Vaccination in Burma 1912-1922 - 1912-1922
Year: 1912
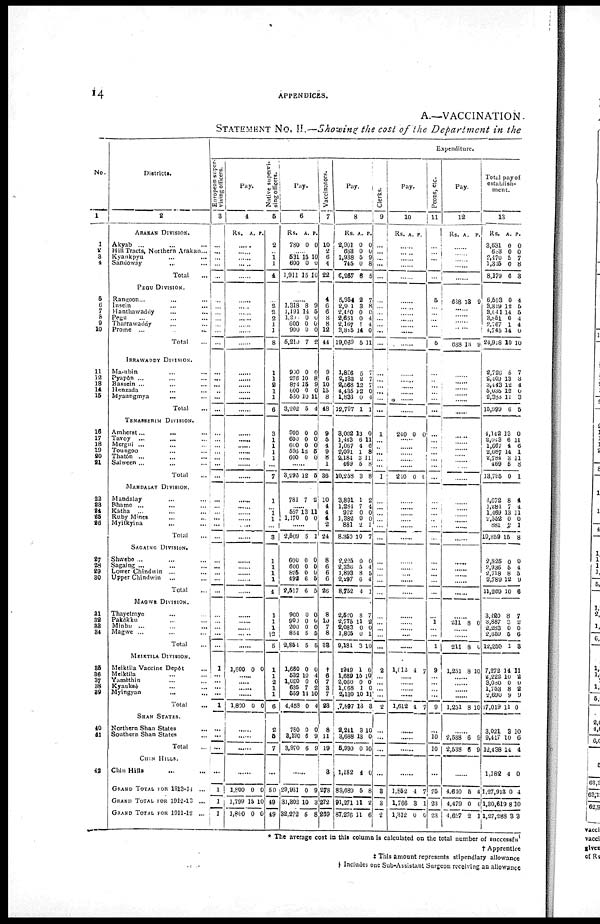
APPENDICES.
17
VACCINATION.
Province of Burma for the year 1913-14 (Paragraph 17).
PRIMARY VACCINATION.
Successful.
Under one
year.
8
...
...
...
1
1
...
8
38
19
178
...
243
105
...
...
...
1
106
21
...
21
...
...
1
43
44
... ...
...
15
59
1
24
... 59
84
...
90
...
...
90
13
...
...
...
13
...
3
3
2
644
915
726
One and
under six
years.
9
...
...
16
103
119
...
54
147
36
203
...
440
265
...
...
...
9
274
96
... 41
...
... 9
146
42
...
...
...
29
71
2
48
... 312
362
...
91
...
6
97
9
...
...
...
9
...
48
48
11
1,577
2,464
2,624
Total of all
ages.
10
...
1
87
230
318
...
73
212
86
448
...
819
334
...
...
...
22
406
159
...
65
... ... 50
274
101
...
4
...
83
188
3
72
... 555
630
...
207
...
9
216
29
...
... ...
29
38
88
126
71
3,077
5,518
6,431
Unknown.
11
...
... 2
...
2
...
13
...
... 6
...
19
...
...
...
... 24
24
75
...
3
...
...
...
78
...
...
14
...
2
16
...
1
... 47
48
...
30
...
...
30
17
...
...
...
17
...
...
...
4
238
183
190
RE-VACCINATION.
Total.
12
...
1
...
106
107
...
34
40
40
312
...
426
31
... 241
...
10
282
237
...
...
...
...
23
260
18
...
21
...
50
89
4
...
...
001
605
...
127
...
99
226
63
...
... ...
53
33
8
46
...
2,094
4,737
4,131
Successful.
13
...
...
...
65
65
...
20
13
29
120
...
132
19
...
158
...
4
181
25
... ...
...
...
15
40
18
...
1
...
44
63
4
...
...
434
438
...
70
... 64
134
12
...
... ...
12
3
2
5
...
1,120
2,389
2,154
Unknown.
14
...
...
... ...
...
...
5
1
...
...
...
6
...
...
31
...
6
37
30
...
...
...
...
...
30
...
...
19
...
2
21
...
... ...
99
99
...
2
... 4
6
37
...
... ...
37
23
...
28
...
264
455
152
PERCENTAGE OF
SUCCESSFUL CASES IN
WHICH THE RESULTS
WERE KNOWN.
Primary.
15
...
100.00
97.75
97.87
97.85
...
84.88
90.60
100.00
93.11
...
93.92
99.74
...
...
... 95.65
99.51
100.00
...
80.25
...
... 79.37
90.43
100.00
... 57.14
... 96.51
96.91
100.00
100.00
...
81.84
83.00
...
98.57
... 100.00
98.63
90.67
...
...
...
96.67
100.00
79.28
84.56
93.42
92.26
95.47
97.05
Re-
vaccina-
tion.
16
...
...
... 61.32
60.75
...
68.97
83.33
72.50
38.46
...
43.33
61.29
... 75.24
... 100.00
73.88
12.08
...
...
...
... 65.22
17.09
100.00
... 50.00
... 91.67
92.65
100.00
...
... 86.45
86.56
...
56.00
... 67.37
60.91
75.00
...
...
...
75.00
30.00
75.00
27.78
...
61.20
55.79
54.13
PERCENTAGE OF
UNKNOWN CASES TO
TOTAL CASES.
Primary.
17
...
... 2.20
...
.61
...
13.13
...
... 1.27
...
2.18
...
...
...
... 51.06
5.56
32.05
... 3.57
...
...
...
20.47
...
... 66.87
... 2.27
7.62
...
1.37
... 6.43
5.95
...
12.50
...
...
12.05
36.17
...
...
...
33.17
...
...
...
5.00
6.66
3.15
3.28
Re-
vaccina-
tion.
18
...
...
...
...
...
...
14.71
2.50
...
...
...
1.41
...
...
12.86
...
60.00
13.12
12.66
...
...
...
...
...
11.54
...
... 90.48
... 4.00
23.60
...
...
... 16.17
16.36
...
1.57
... 4.04
2.65
60.81
...
... ...
69.81
73.63
....
60.87
...
12.61
9.61
3.68
No.
19
1
2
3
4
...
5
6
7
8
9
10
11
12
18
14
15
16
17
18
19
20
21
...
22
23
24
25
26
...
27
28
... 30
31
32
33
34
35
36
37
38
39
40
41
3